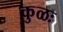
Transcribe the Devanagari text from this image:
कुळः